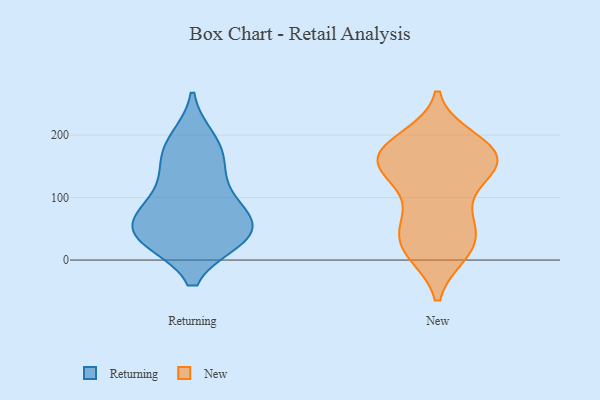
{"axis": {"x": "Demand Index", "y": "Value"}, "legend": ["New", "Returning"], "data": [{"x": "", "y": 155, "type": "Returning"}, {"x": "", "y": 193, "type": "Returning"}, {"x": "", "y": 81, "type": "Returning"}, {"x": "", "y": 146, "type": "Returning"}, {"x": "", "y": 37, "type": "Returning"}, {"x": "", "y": 57, "type": "Returning"}, {"x": "", "y": 83, "type": "Returning"}, {"x": "", "y": 50, "type": "Returning"}, {"x": "", "y": 34, "type": "Returning"}, {"x": "", "y": 101, "type": "Returning"}, {"x": "", "y": 35, "type": "Returning"}, {"x": "", "y": 184, "type": "Returning"}, {"x": "", "y": 34, "type": "Returning"}, {"x": "", "y": 64, "type": "New"}, {"x": "", "y": 170, "type": "New"}, {"x": "", "y": 59, "type": "New"}, {"x": "", "y": 12, "type": "New"}, {"x": "", "y": 193, "type": "New"}, {"x": "", "y": 71, "type": "New"}, {"x": "", "y": 140, "type": "New"}, {"x": "", "y": 12, "type": "New"}, {"x": "", "y": 133, "type": "New"}, {"x": "", "y": 148, "type": "New"}, {"x": "", "y": 46, "type": "New"}, {"x": "", "y": 18, "type": "New"}, {"x": "", "y": 178, "type": "New"}, {"x": "", "y": 142, "type": "New"}, {"x": "", "y": 136, "type": "New"}, {"x": "", "y": 170, "type": "New"}, {"x": "", "y": 20, "type": "New"}, {"x": "", "y": 184, "type": "New"}, {"x": "", "y": 167, "type": "New"}, {"x": "", "y": 175, "type": "New"}]}